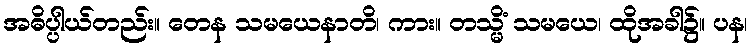
အဓိပ္ပါယ်တည်း။ တေန သမယေနာတိ၊ ကား။ တသ္မိံ သမယေ၊ ထိုအခါ၌။ ပန၊